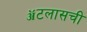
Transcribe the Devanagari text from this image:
ॲटलासची